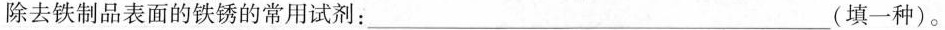
除去铁制品表面的铁锈的常用试剂：___(填一种)。